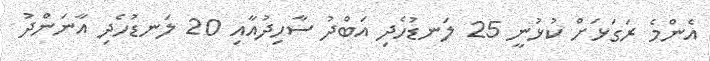
އެންމެ ރަގަޅަށް ކުޅުނީ 25 ލަނޑުހެދި އަބްދު ސާހިދުއާއި 20 ލަނޑުހެދި އާނަންދު